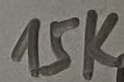
Text: 15K